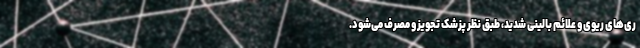
ری‌های ریوی و علائم بالینی شدید، طبق نظر پزشک تجویز و مصرف می‌شود.